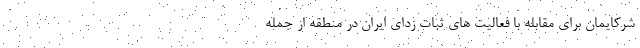
شرکایمان برای مقابله با فعالیت های ثبات زدای ایران در منطقه از جمله